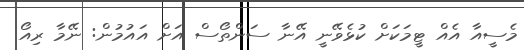
މެސީއާ އެއް ޓީމަކަށް ކުޅެވޭނީ އޭނާ ސަންތޯސް އަށް އައުމުން: ނޭމާ ރިއޯ